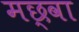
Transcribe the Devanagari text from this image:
मछ्वा